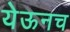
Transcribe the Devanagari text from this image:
येऊनच